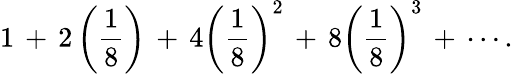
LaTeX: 1\, +\, 2\left({\frac{1}{8}}\right)\, +\, 4\left({\frac{1}{8}}\right)^{2}\, +\, 8\left({\frac{1}{8}}\right)^{3}\, +\, \cdots.